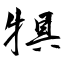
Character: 犋